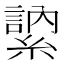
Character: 𦄠